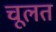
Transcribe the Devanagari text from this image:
चूलत